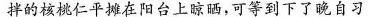
拌的核桃仁平摊在阳台上晾晒，可等到下了晚自习